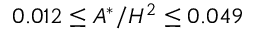
0 . 0 1 2 \leq A ^ { * } / H ^ { 2 } \leq 0 . 0 4 9